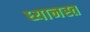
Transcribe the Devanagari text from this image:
ध्यानस्त